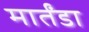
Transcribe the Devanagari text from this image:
मार्तंडा